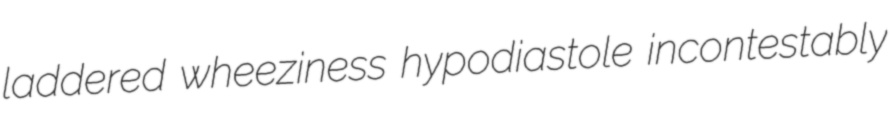
laddered wheeziness hypodiastole incontestably